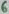
Text: 6